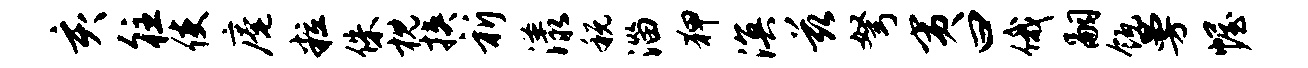
亥往使庵粒侏枕挟祈漾税淄狎溟兹弩夷曰俄嗣瓴曼幄